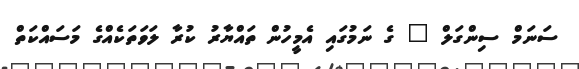
ސަނަމް ސިންގަލް " ގެ ނަމުގައި އެމީހުން ތައްޔާރު ކުރާ ލަވަތަކެއްގެ މަސައްކަތް